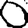
Digit: 0